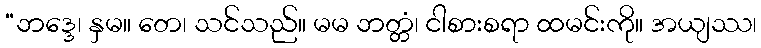
“ဘဒ္ဒေ၊ နှမ။ တေ၊ သင်သည်။ မမ ဘတ္တံ၊ ငါစားစရာ ထမင်းကို။ အယျဿ၊